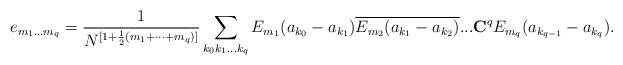
LaTeX: \begin{align*}e_{m_{1}...m_{q}}=\frac{1}{N^{[1+\frac 12(m_{1}+\cdots+m_{q})]}}\sum_{k_{0}k_{1}...k_{q}}E_{m_{1}}(a_{k_{0}}-a_{k_{1}})\overline{E_{m_{2}}(a_{k_{1}}-a_{k_{2}})}...\mathbf{C}^{q}E_{m_{q}}(a_{k_{q-1}}-a_{k_{q}}). \end{align*}